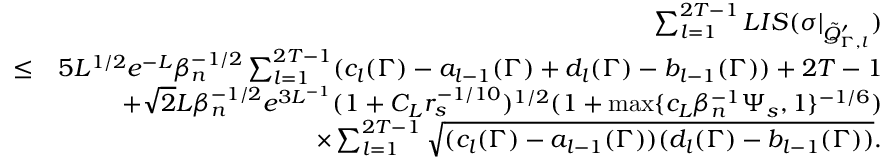
\begin{array} { r l r } & { } & { \sum _ { l = 1 } ^ { 2 T - 1 } L I S ( \sigma | _ { \tilde { Q } _ { \Gamma , l } ^ { \prime } } ) } \\ & { \leq } & { 5 L ^ { 1 \slash 2 } e ^ { - L } \beta _ { n } ^ { - 1 \slash 2 } \sum _ { l = 1 } ^ { 2 T - 1 } ( c _ { l } ( \Gamma ) - a _ { l - 1 } ( \Gamma ) + d _ { l } ( \Gamma ) - b _ { l - 1 } ( \Gamma ) ) + 2 T - 1 } \\ & { } & { + \sqrt { 2 } L \beta _ { n } ^ { - 1 \slash 2 } e ^ { 3 L ^ { - 1 } } ( 1 + C _ { L } r _ { s } ^ { - 1 \slash 1 0 } ) ^ { 1 \slash 2 } ( 1 + \operatorname* { m a x } \{ c _ { L } \beta _ { n } ^ { - 1 } \Psi _ { s } , 1 \} ^ { - 1 \slash 6 } ) } \\ & { } & { \quad \times \sum _ { l = 1 } ^ { 2 T - 1 } \sqrt { ( c _ { l } ( \Gamma ) - a _ { l - 1 } ( \Gamma ) ) ( d _ { l } ( \Gamma ) - b _ { l - 1 } ( \Gamma ) ) } . } \end{array}